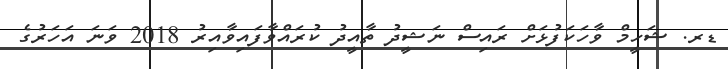
ޑރ. ޝަހީމް ވާހަކަފުޅަށް ރައިސް ނަޝީދު ތާއީދު ކުރައްވާފައިވާއިރު 2018 ވަނަ އަހަރުގެ